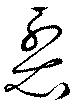
裂